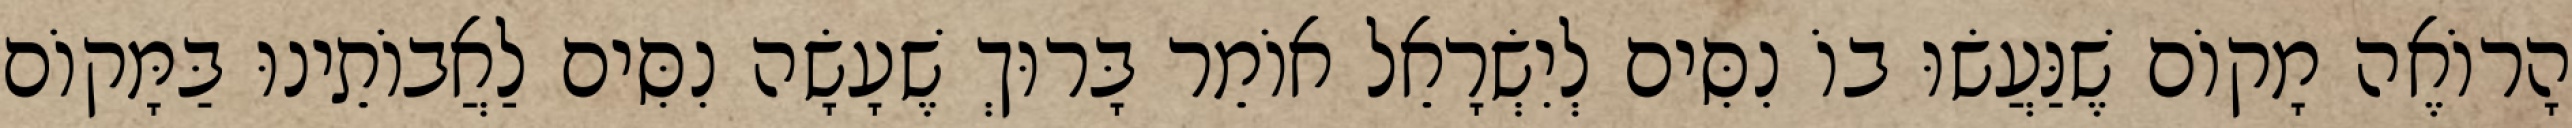
הָרוֹאֶה מָקוֹם שֶׁנַּעֲשׂוּ בוֹ נִסִּים לְיִשְׂרָאֵל אוֹמֵר בָּרוּךְ שֶׁעָשָׂה נִסִּים לַאֲבוֹתֵינוּ בַּמָּקוֹם